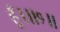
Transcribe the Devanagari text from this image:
हूँ।॥१॥